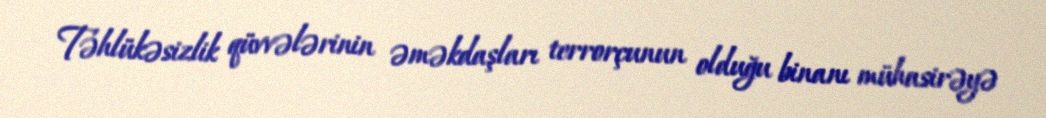
Təhlükəsizlik qüvvələrinin əməkdaşları terrorçunun olduğu binanı mühasirəyə